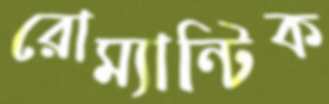
রোম্যান্টিক